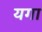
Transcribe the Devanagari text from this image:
यगा